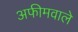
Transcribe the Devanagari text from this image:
अफीमवाले